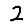
Digit: 2